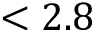
< 2 . 8